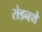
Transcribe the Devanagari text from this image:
रोडनथे